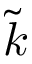
\tilde { k }